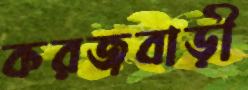
করজবাড়ী